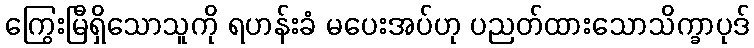
ကြွေးမြီရှိသောသူကို ရဟန်းခံ မပေးအပ်ဟု ပညတ်ထားသောသိက္ခာပုဒ်